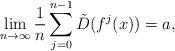
LaTeX: \begin{align*}\lim_{n\to \infty} \frac{1}{n} \sum_{j=0}^{n-1}\tilde D(f^j(x))=a,\end{align*}